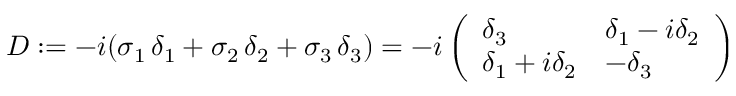
D : = - i ( \sigma _ { 1 } \, \delta _ { 1 } + \sigma _ { 2 } \, \delta _ { 2 } + \sigma _ { 3 } \, \delta _ { 3 } ) = - i \left( \begin{array} { l l } { { \delta _ { 3 } } } & { { \delta _ { 1 } - i \delta _ { 2 } } } \\ { { \delta _ { 1 } + i \delta _ { 2 } } } & { { - \delta _ { 3 } } } \end{array} \right)